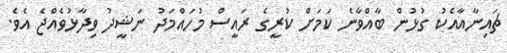
ޗައިނާއާއެކު ގުޅުން ބާއްވާނެ ކަމަށް ކުރީގެ ރައީސް މުހައްމަދު ނަޝީދު ވިދާޅުވެއްޖެ އެވެ.